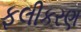
ફલીકરણ